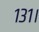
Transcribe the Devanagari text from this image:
१३१।